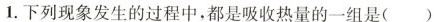
1.下列现象发生的过程中，都是吸收热量的一组是( )